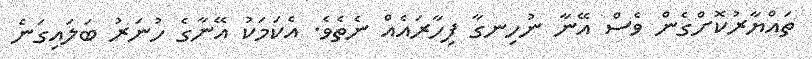
ތައްޔާރުކޮށްގެން ވެސް އޭނާ ނުހިނގާ ފިހާރައެއް ނެތެވެ. އެކަމަކު އޭނާގެ ހުނަރު ބަލައިގަނެ